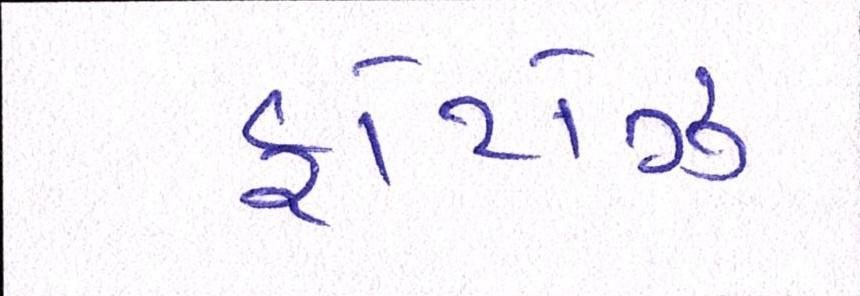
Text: ફોટોઝ